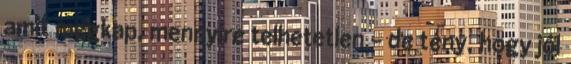
amit megkap, mennyire telhetetlen – de tény, hogy jól